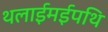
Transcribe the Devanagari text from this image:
थलाईमईपथि